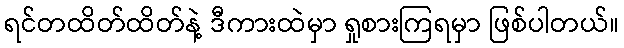
ရင်တထိတ်ထိတ်နဲ့ ဒီကားထဲမှာ ရှုစားကြရမှာ ဖြစ်ပါတယ်။